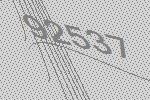
92537